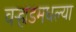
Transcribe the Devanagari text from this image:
वर्‍हाडमधल्या